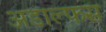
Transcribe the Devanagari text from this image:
अडाल्फस